Malaria in India - Number 2
Disease focus: Malaria
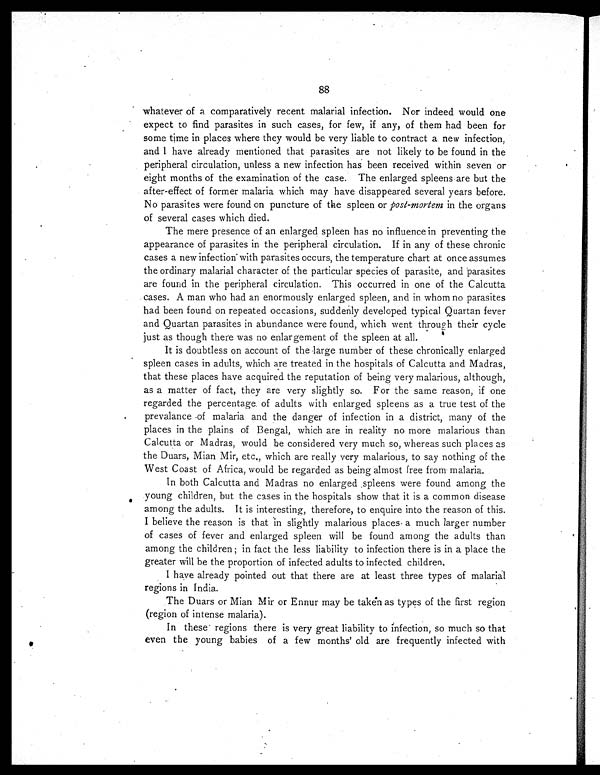
88
whatever of a comparatively recent malarial infection. Nor indeed would one
expect to find parasites in such cases, for few, if any, of them had been for
some time in places where they would be very liable to contract a new infection,
and I have already mentioned that parasites are not likely to be found in the
peripheral circulation, unless a new infection has been received within seven or
eight months of the examination of the case. The enlarged spleens are but the
after-effect of former malaria which may have disappeared several years before.
No parasites were found on puncture of the spleen or post-mortem in the organs
of several cases which died.
The mere presence of an enlarged spleen has no influence in preventing the
appearance of parasites in the peripheral circulation. If in any of these chronic
cases a new infection with parasites occurs, the temperature chart at once assumes
the ordinary malarial character of the particular species of parasite, and parasites
are found in the peripheral circulation. This occurred in one of the Calcutta
cases. A man who had an enormously enlarged spleen, and in whom no parasites
had been found on repeated occasions, suddenly developed typical Quartan fever
and Quartan parasites in abundance were found, which went through their cycle
just as though there was no enlargement of the spleen at all.
It is doubtless on account of the large number of these chronically enlarged
spleen cases in adults, which are treated in the hospitals of Calcutta and Madras,
that these places have acquired the reputation of being very malarious, although,
as a matter of fact, they are very slightly so. For the same reason, if one
regarded the percentage of adults with enlarged spleens as a true test of the
prevalance of malaria and the danger of infection in a district, many of the
places in the plains of Bengal, which are in reality no more malarious than
Calcutta or Madras, would be considered very much so, whereas such places as
the Duars, Mian Mir, etc., which are really very malarious, to say nothing of the
West Coast of Africa, would be regarded as being almost free from malaria.
In both Calcutta and Madras no enlarged spleens were found among the
young children, but the cases in the hospitals show that it is a common disease
among the adults. It is interesting, therefore, to enquire into the reason of this.
I believe the reason is that in slightly malarious places a much larger number
of cases of fever and enlarged spleen will be found among the adults than
among the children; in fact the less liability to infection there is in a place the
greater will be the proportion of infected adults to infected children.
I have already pointed out that there are at least three types of malarial
regions in India.
The Duars or Mian Mir or Ennur may be taken as types of the first region
(region of intense malaria).
In these regions there is very great liability to infection, so much so that
even the young babies of a few months' old are frequently infected with